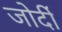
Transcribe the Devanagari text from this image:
जोर्दी